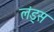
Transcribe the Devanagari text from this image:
लंड्स